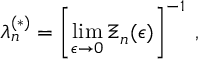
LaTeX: \lambda _ { n } ^ { ( \ast ) } = \left[ \operatorname * { l i m } _ { \epsilon \rightarrow 0 } \Xi _ { n } ( \epsilon ) \right] ^ { - 1 } \; ,